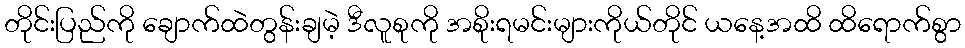
တိုင်းပြည်ကို ချောက်ထဲတွန်းချမဲ့ ဒီလူစုကို အစိုးရမင်းများကိုယ်တိုင် ယနေ့အထိ ထိရောက်စွာ